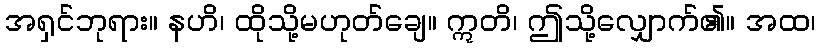
အရှင်ဘုရား။ နဟိ၊ ထိုသို့မဟုတ်ချေ။ ဣတိ၊ ဤသို့လျှောက်၏။ အထ၊